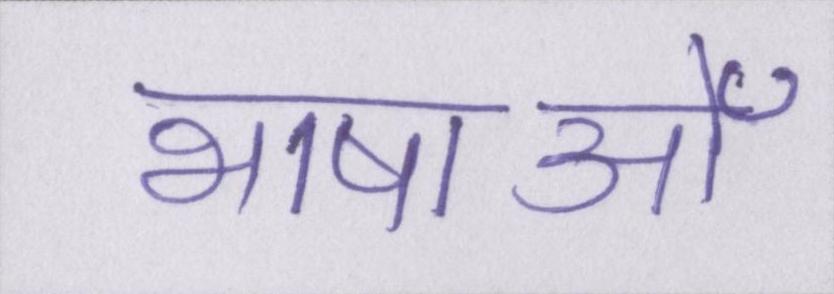
भाषाओँ